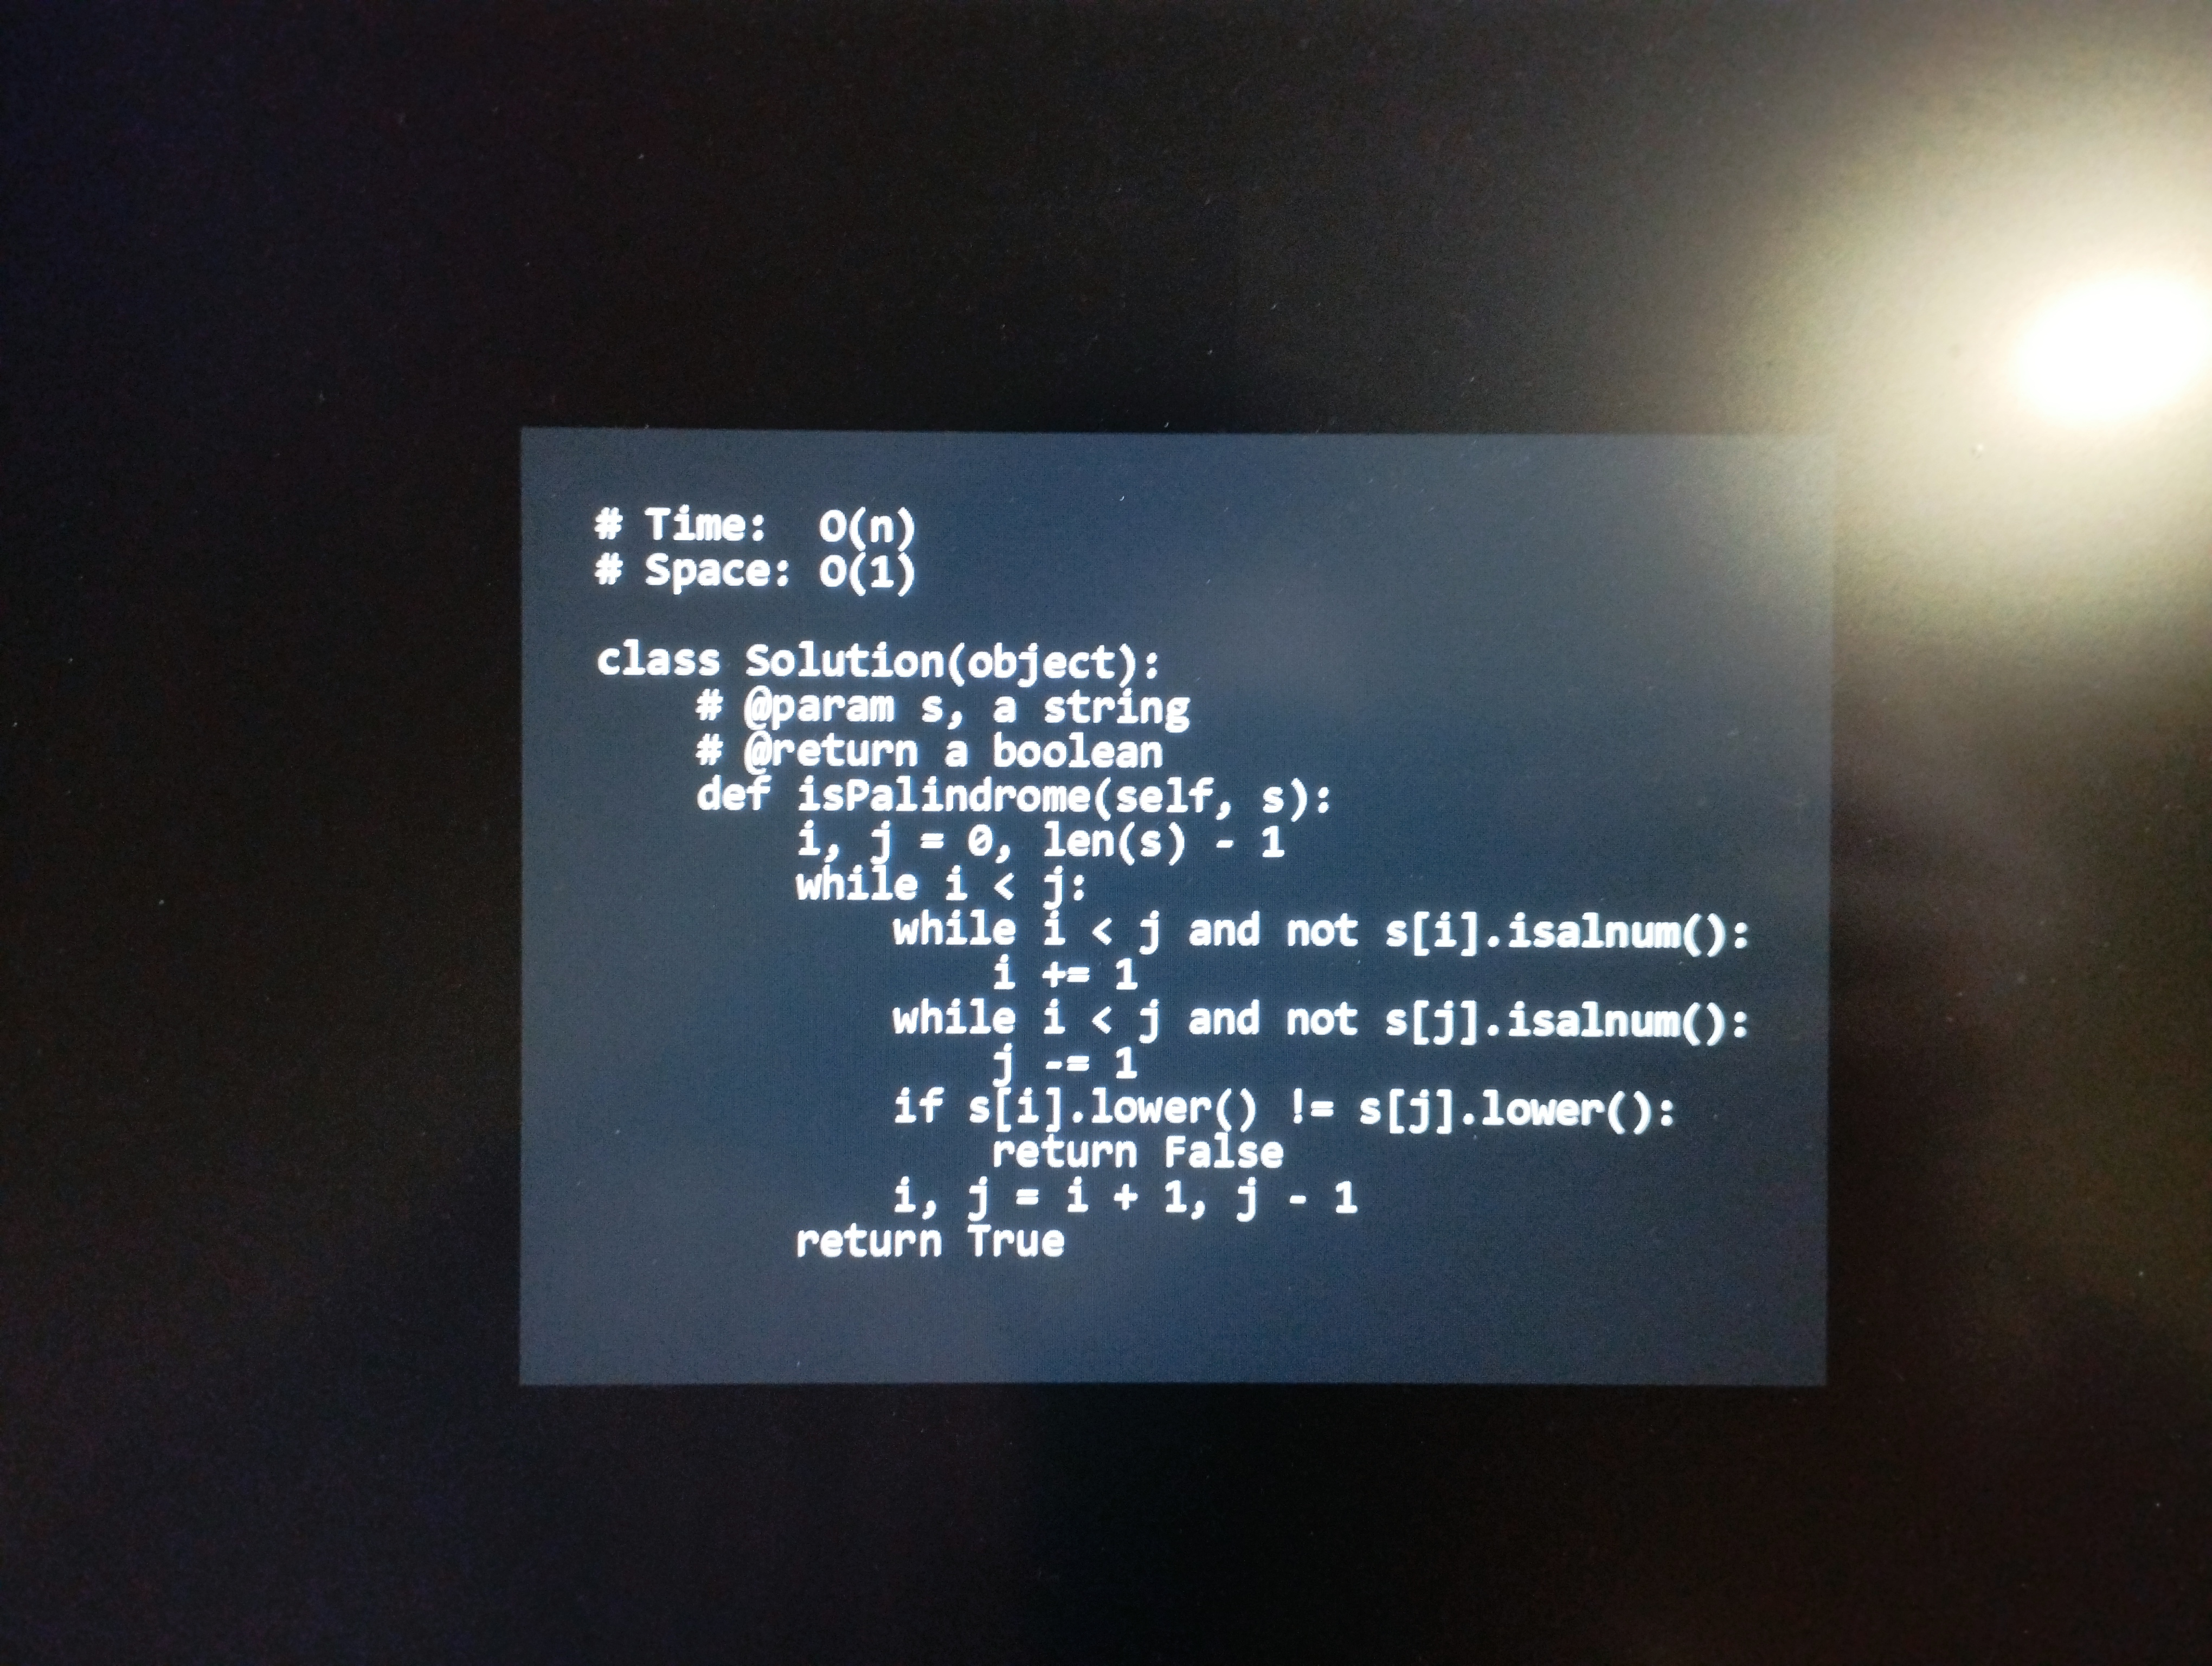
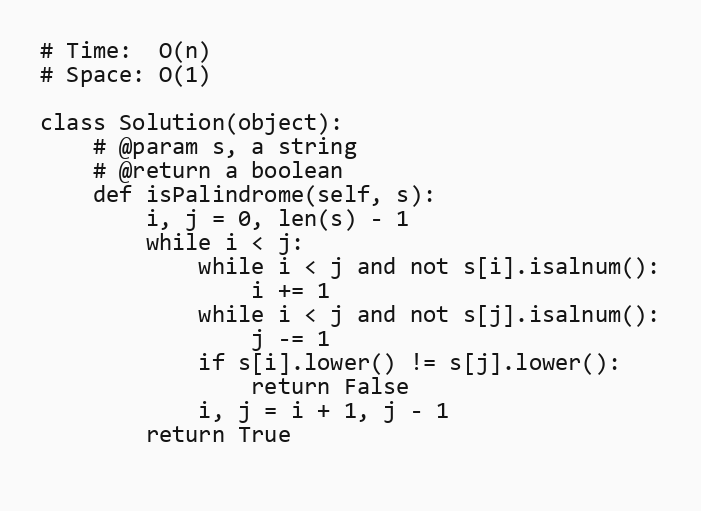
# Time:  O(n)
# Space: O(1)

class Solution(object):
    # @param s, a string
    # @return a boolean
    def isPalindrome(self, s):
        i, j = 0, len(s) - 1
        while i < j:
            while i < j and not s[i].isalnum():
                i += 1
            while i < j and not s[j].isalnum():
                j -= 1
            if s[i].lower() != s[j].lower():
                return False
            i, j = i + 1, j - 1
        return True